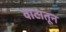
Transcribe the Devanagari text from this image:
वाटातून